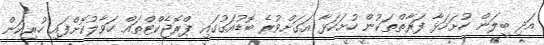
އަދި ބީލަން ހުށަހަޅާ ފަރާތްތަކުން ހުށަހަޅާ އަގަށްވުރެ ބޮޑުއަގުގައި ޕްރޮޖެކްޓްތައް ހަވާލުކޮށްފައި ހުރިކަން